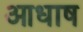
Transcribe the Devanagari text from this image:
आधाष